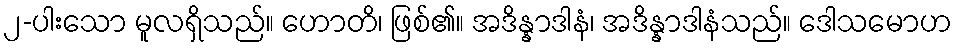
၂-ပါးသော မူလရှိသည်။ ဟောတိ၊ ဖြစ်၏။ အဒိန္နာဒါနံ၊ အဒိန္နာဒါနံသည်။ ဒေါသမောဟ